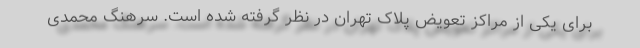
برای یکی از مراکز تعویض پلاک تهران در نظر گرفته شده است. سرهنگ محمدی